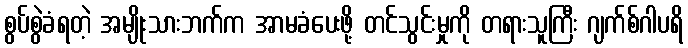
စွပ်စွဲခံရတဲ့ အမျိုးသားဘက်က အာမခံပေးဖို့ တင်သွင်းမှုကို တရားသူကြီး ဂျက်စ်ဂါပရိ